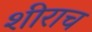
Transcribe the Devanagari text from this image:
शीराच